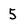
Character: 5